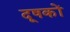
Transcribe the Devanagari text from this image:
दूषकों